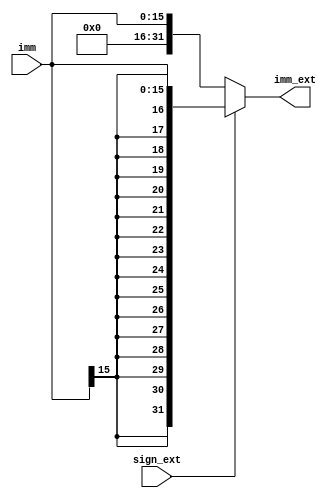
module imm_ext(
    input wire [15:0] imm,
    input wire sign_ext,
    output wire [31:0] imm_ext
);
    assign imm_ext = sign_ext ? {{16{imm[15]}}, imm[15:0]}:
                                {16'b0, imm[15:0]}
                    ;
endmodule